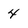
Character: 4